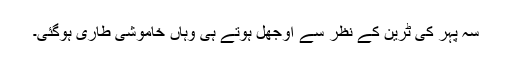
سہ پہر کی ٹرین کے نظر سے اوجھل ہوتے ہی وہاں خاموشی طاری ہوگئی۔